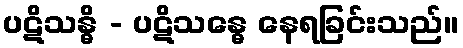
ပဋိသန္ဓိ - ပဋိသန္ဓေ နေရခြင်းသည်။